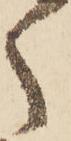
く